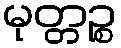
မုတ္တဉ္စ